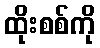
ထိုးစစ်ကို